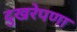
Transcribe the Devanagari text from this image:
दुखरेपणा